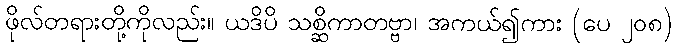
ဖိုလ်တရားတို့ကိုလည်း။ ယဒိပိ သစ္ဆိကာတဗ္ဗာ၊ အကယ်၍ကား (ပေ ၂၀၈)